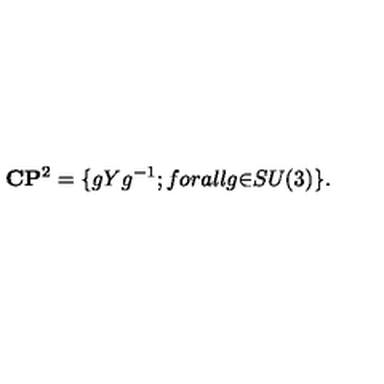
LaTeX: { \bf C } { \bf P } ^ { 2 } = \{ g Y g ^ { - 1 } ; f o r a l l g { \in } S U ( 3 ) \} .